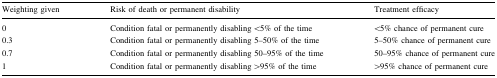
<table><thead><tr><td><b>Weighting given</b></td><td><b>Risk of death or permanent disability</b></td><td><b>Treatment efficacy</b></td></tr></thead><tbody><tr><td>0</td><td>Condition fatal or permanently disabling &lt;5% of the time</td><td>&lt;5% chance of permanent cure</td></tr><tr><td>0.3</td><td>Condition fatal or permanently disabling 5–50% of the time</td><td>5–50% chance of permanent cure</td></tr><tr><td>0.7</td><td>Condition fatal or permanently disabling 50–95% of the time</td><td>50–95% chance of permanent cure</td></tr><tr><td>1</td><td>Condition fatal or permanently disabling &gt;95% of the time</td><td>&gt;95% chance of permanent cure</td></tr></tbody></table>